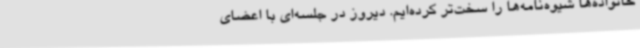
خانواده‌ها شیوه‌نامه‌ها را سخت‌تر کرده‌ایم. دیروز در جلسه‌ای با اعضای